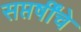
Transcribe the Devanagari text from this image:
सप्तर्षींचे